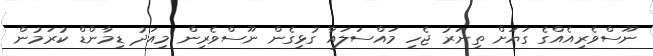
ނޫސްވެރިއެއްގެ ގަޔަށް ތިނަރު ޖެހި މައްސަލައާ ގުޅިގެން ނޫސްވެރިން މިއަދު ޑިމާންޑް ކުރަމުން